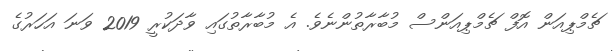
ޗެމްޕިއަން އޮފް ޗެމްޕިއަންސް މުބާރާތުންނެވެ. އެ މުބާރާތުގައި ވާދަކުރީ 2019 ވަނަ އަހަރުގެ